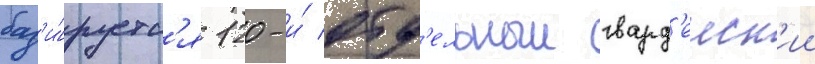
баз'и́руетс'я 120-и́ отд'ельныи гвард'еиск'ии